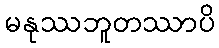
မနုဿဘူတဿာပိ